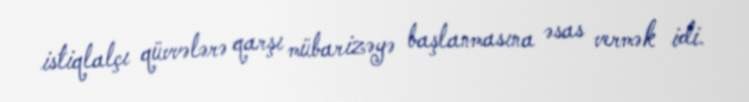
istiqlalçı qüvvələrə qarşı mübarizəyə başlanmasına əsas vermək idi.